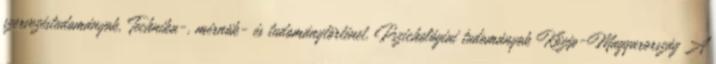
szervezéstudományok, Technika-, mérnök- és tudománytörténet, Pszichológiai tudományok Közép-Magyarország A